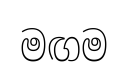
මඟම